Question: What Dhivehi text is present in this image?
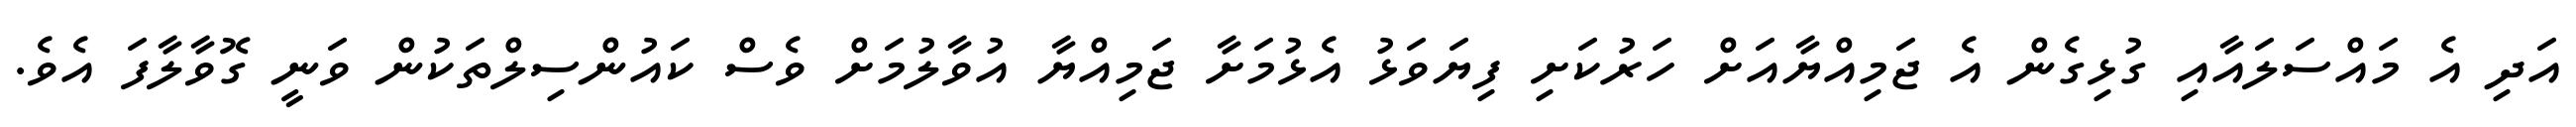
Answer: އަދި އެ މައްސަލައާއި ގުޅިގެން އެ ޖަމިއްޔާއަށް ހަރުކަށި ފިޔަވަޅު އެޅުމަށާ ޖަމިއްޔާ އުވާލުމަށް ވެސް ކައުންސިލްތަކުން ވަނީ ގޮވާލާފަ އެވެ.